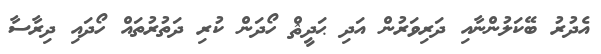
އެދުރު ބޭކަލުންނާއި ދަރިވަރުން އަދި ޙަދީޘް ހޯދަން ކުރި ދަތުރުތައް ހޯދައި ދިރާސާ